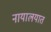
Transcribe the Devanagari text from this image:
नायालयात